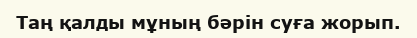
Таң қалды мұның бәрін суға жорып.